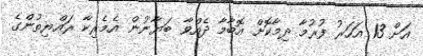
އަށް 13 އަހަރު ފުރުމާ ދިމާކޮށް އޮބާމާ ދެއްވާ ބަޔާނުން އެމެރިކާ ރައްޔިތުންގެ